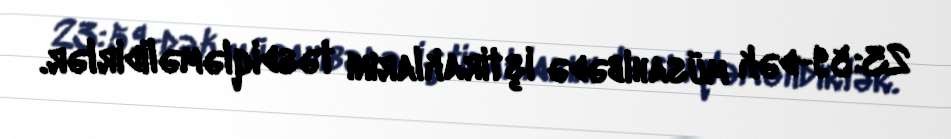
23:59-dək müsahibədə iştiraklarını təsdiqləməlidirlər.